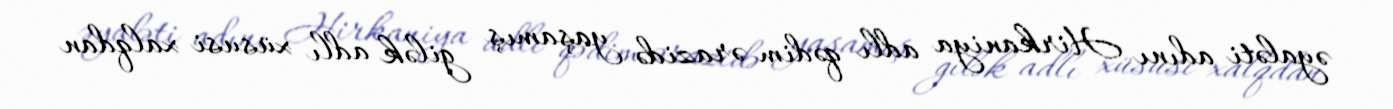
əyaləti adını Hirkaniya adlı qədim ərazidə yaşamış gilək adlı xüsusi xalqdan